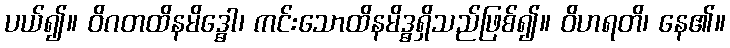
ပယ်၍။ ဝိဂတထိနမိဒ္ဓေါ၊ ကင်းသောထိနမိဒ္ဓရှိသည်ဖြစ်၍။ ဝိဟရတိ၊ နေ၏။